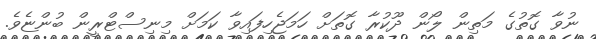
ނުވާ ގޮތުގެ މަތިން ލޯން ދޫކުރާ ގޮތަށް ހަމަޖެހިފައިވާ ކަމަށް މިނިސްޓްރީން ބުންޏެވެ.